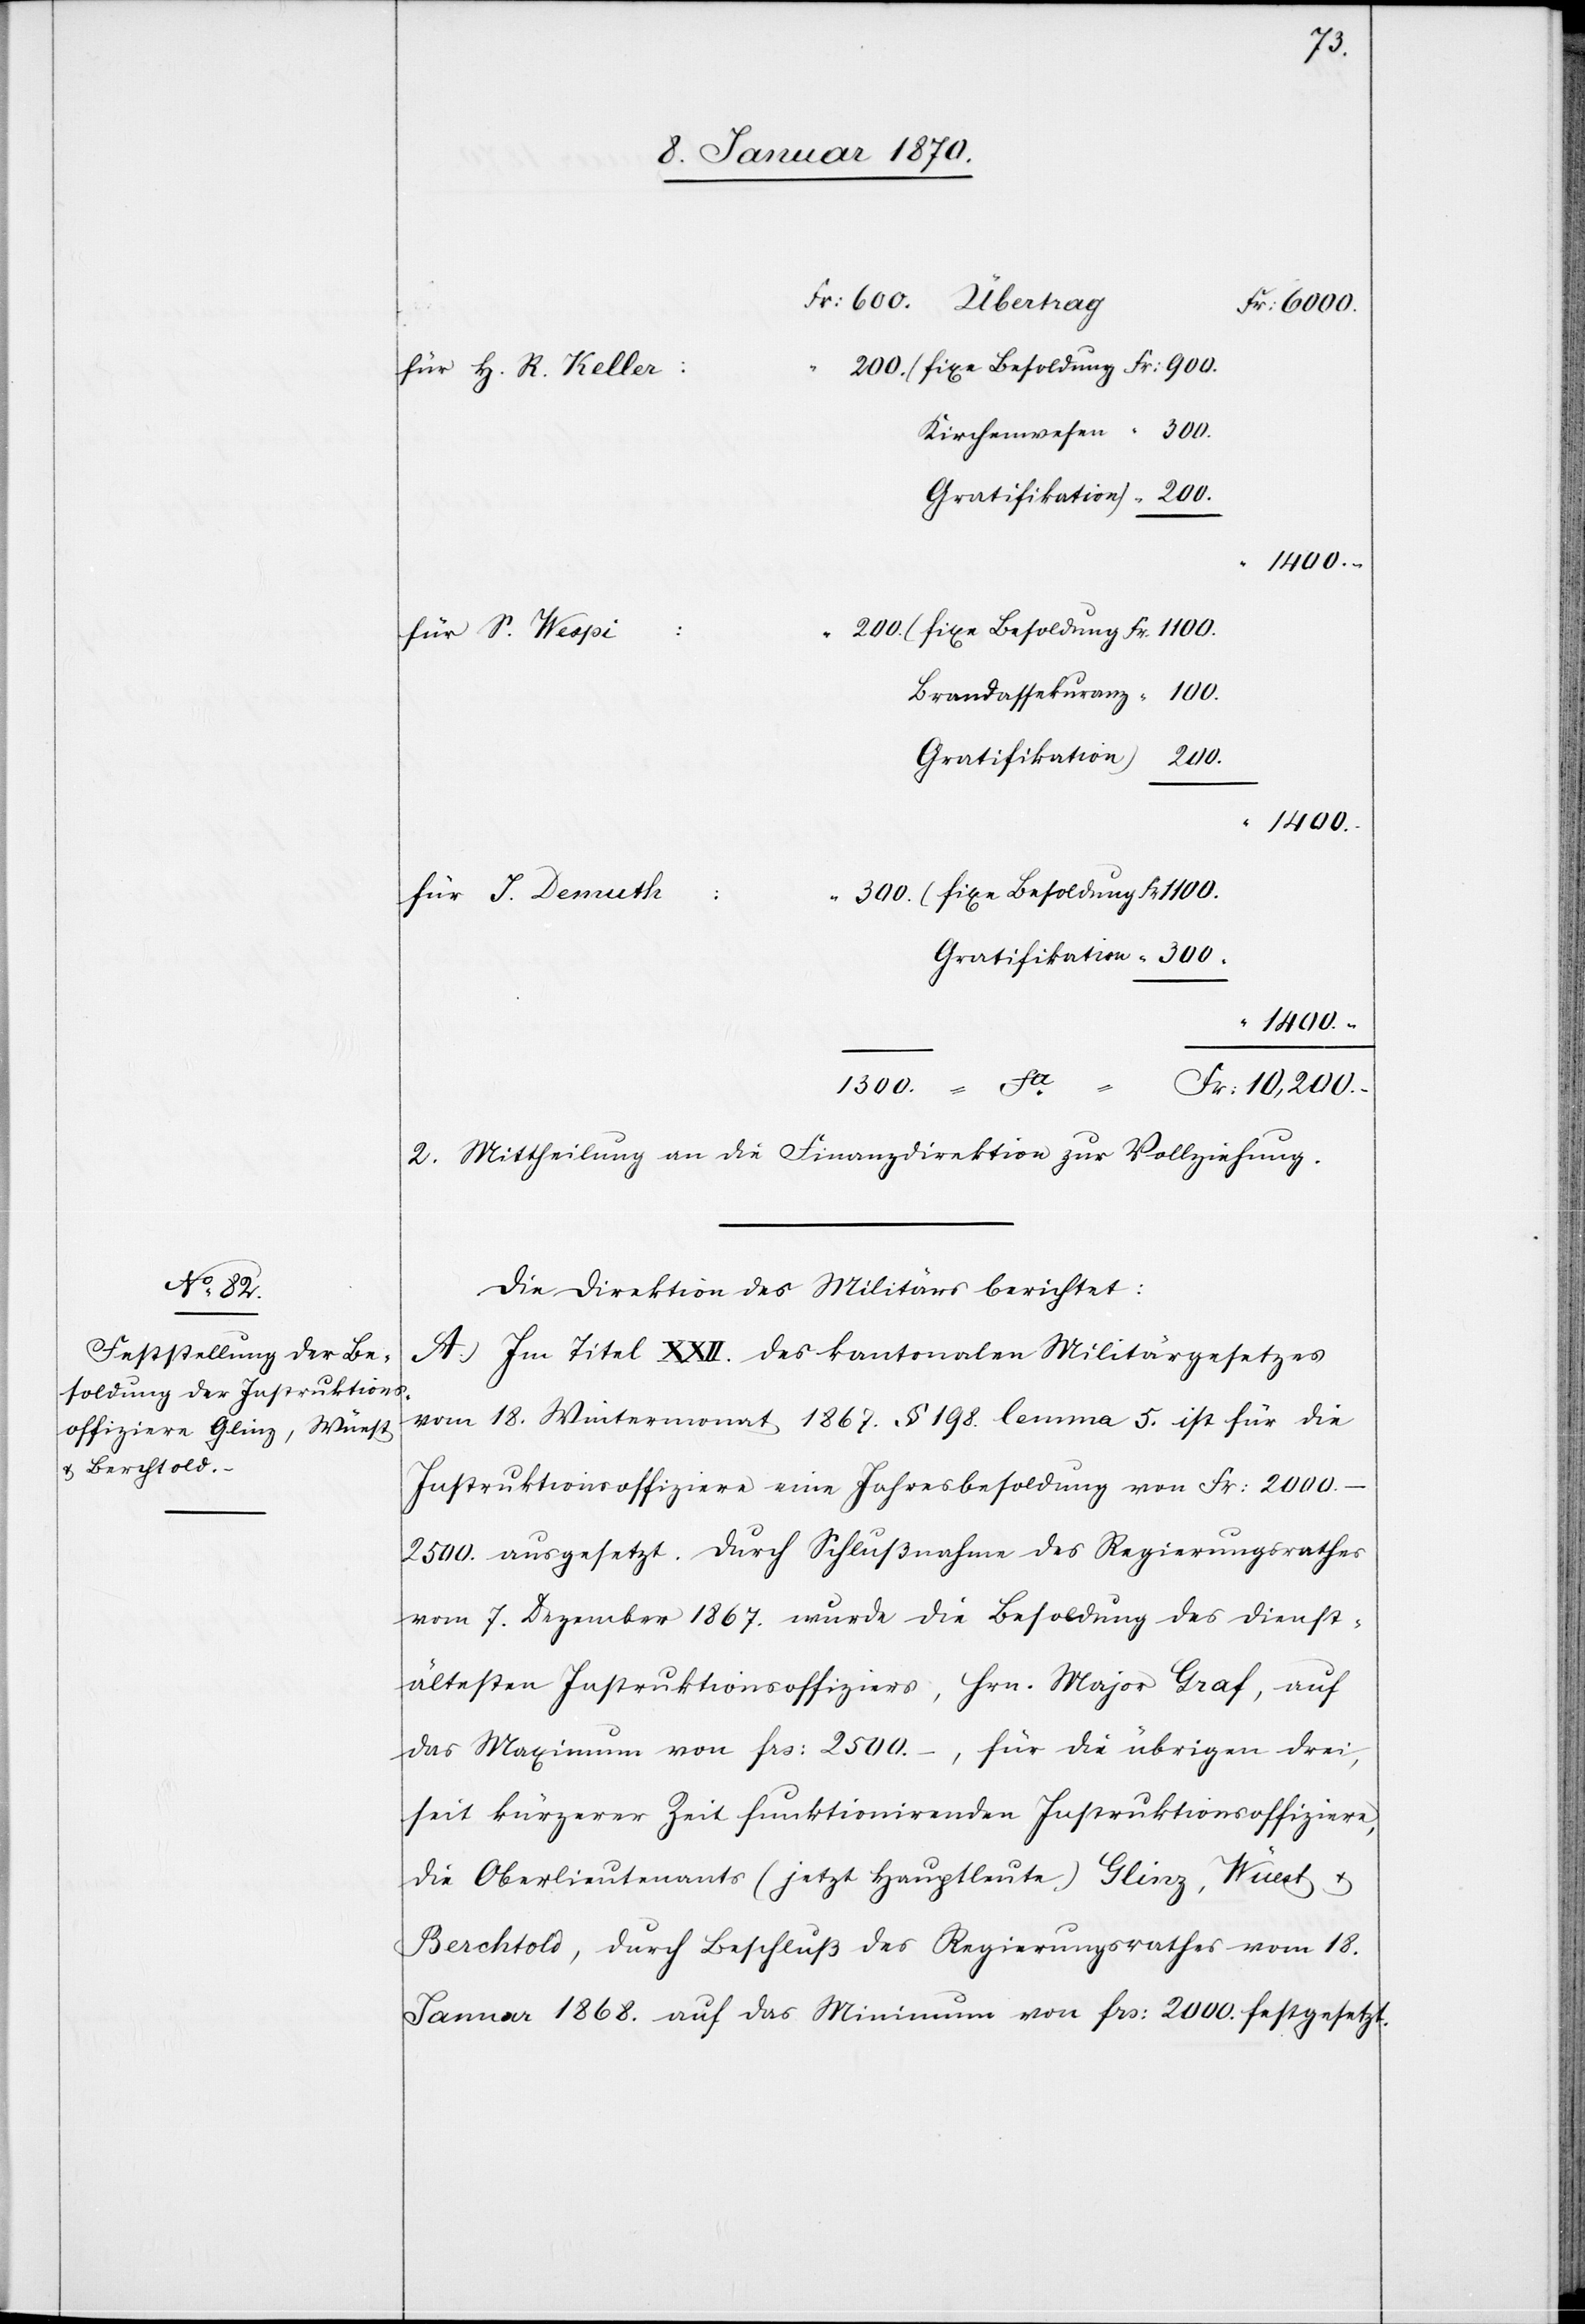
300.
Fr: 10,200.
H. R. Keller:
1400
Brandassekuranz
Gratifikation)
1300.
1400.
2. Mittheilung an die Finanzdirektion zur Vollziehung.
Die Direktion des Militärs berichtet:
A. Im Titel XXII. des kantonalen Militärgesetzes
vom 18. Wintermonat 1867. § 198. lemma 5. ist für die
Instruktionsoffiziere eine Jahresbesoldung von Fr: 2000.–2500.
vom 7. Dezember 1867. wurde die Besoldung des dienst¬
ältesten Instruktionsoffiziers, Hrn. Major Graf, auf
das Maximum von frs: 2500.–, für die übrigen drei,
seit kürzerer Zeit funktionirenden Instruktionsoffiziere,
die Oberlieutenants (jetzt Hauptleute) Glinz, Wüest u.
Berchtold, durch Beschluß des Regierungsrathes vom 18.
Januar 1868. auf das Minimum von frs: 2000. festgesetzt.